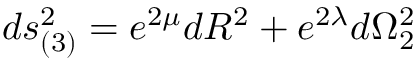
d s _ { ( 3 ) } ^ { 2 } = e ^ { 2 \mu } d R ^ { 2 } + e ^ { 2 \lambda } d { \Omega } _ { 2 } ^ { 2 }